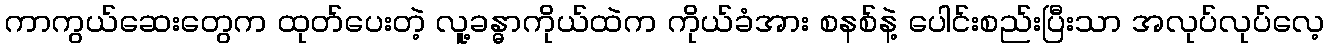
ကာကွယ်ဆေးတွေက ထုတ်ပေးတဲ့ လူ့ခန္ဓာကိုယ်ထဲက ကိုယ်ခံအား စနစ်နဲ့ ပေါင်းစည်းပြီးသာ အလုပ်လုပ်လေ့